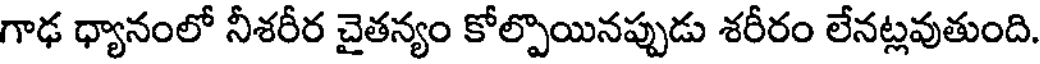
గాఢ ధ్యానంలో నీశరీర చైతన్యం కోల్పొయినప్పుడు శరీరం లేనట్లవుతుంది.